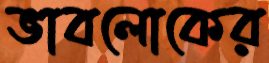
ভাবলোকের